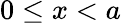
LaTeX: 0\leq x<a